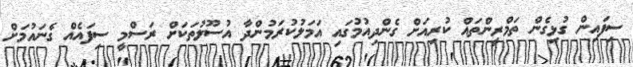
ސިފައިން ގުޅިގެން ތަމްރީންތައް ކުރިއަށް ގެންދިއުމުގައި އަމަލުކުރަމުންދާ އުސޫލުތަކަށް ރަސްމީ ސިފައެއް ގެނައުމަށް